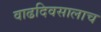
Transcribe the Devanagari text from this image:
वाढदिवसालाच